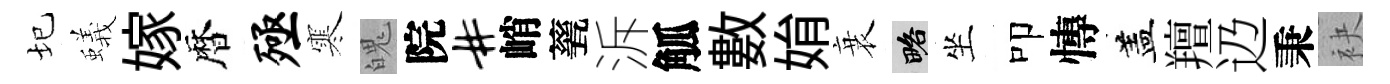
圮蟻嫁暦殛寒魄院#峭甆泝觚數姢衰略坐叩慱盖羶辸秉袂